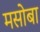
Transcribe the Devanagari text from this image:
मसोबा